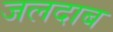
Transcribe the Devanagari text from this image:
जलदाब